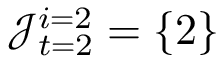
\mathcal { J } _ { t = 2 } ^ { i = 2 } = \{ 2 \}